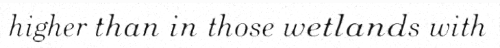
higher than in those wetlands with